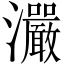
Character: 𤅙